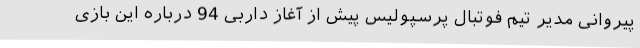
پیروانی مدیر تیم فوتبال پرسپولیس پیش از آغاز داربی 94 درباره این بازی